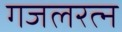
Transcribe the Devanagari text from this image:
गजलरत्‍न